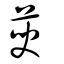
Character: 萸